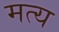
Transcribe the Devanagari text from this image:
मत्य